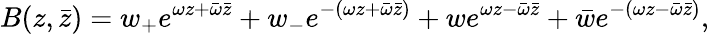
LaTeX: B(z,\bar{z})=w_{+}e^{\omega z+\bar{\omega}\bar{z}}+w_{-}e^{-\left(\omega z+\bar{\omega}\bar{z}\right)}+we^{\omega z-\bar{\omega}\bar{z}}+\bar{w}e^{-\left(\omega z-\bar{\omega}\bar{z}\right)},